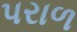
પરાળ